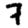
Digit: 7